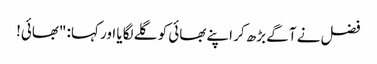
فضل نے آگے بڑھ کر اپنے بھائی کو گلے لگایا اور کہا: "بھائی!